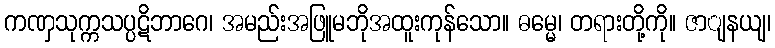
ကဏှသုက္ကသပ္ပဋိဘာဂေ၊ အမည်းအဖြူမဘိုအထူးကုန်သော။ ဓမ္မေ၊ တရားတို့ကို။ ဇာျနယျ၊